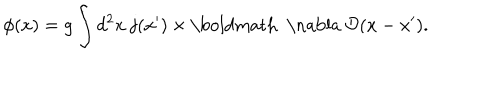
LaTeX: \phi ( x ) = g \int d ^ { 2 } x \; { \bf j } ( x ^ { \prime } ) \times \mathrm { \boldmath ~ \nabla ~ } { \cal D } ( x - x ^ { \prime } ) .